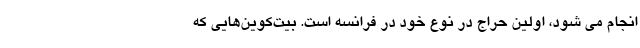
انجام می شود، اولین حراج در نوع خود در فرانسه است. بیت‌کوین‌هایی که